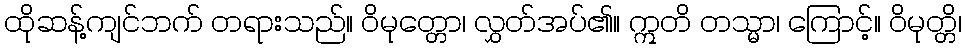
ထိုဆန့်ကျင်ဘက် တရားသည်။ ဝိမုတ္တော၊ လွှတ်အပ်၏။ ဣတိ တသ္မာ၊ ကြောင့်။ ဝိမုတ္တိ၊